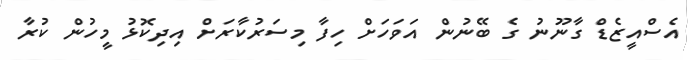
އެސްއީޒެޑް ގާނޫނު ގެ ބޭނުން އަވަހަށް ހިފާ މިސަރުކާރަށް އިދިކޮޅު މީހުން ކުރާ